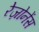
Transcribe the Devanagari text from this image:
रेज़ोनेंस